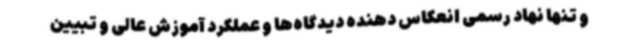
و تنها نهاد رسمی انعکاس دهنده دیدگاه‌ها و عملکرد آموزش عالی و تبیین